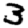
Digit: 3